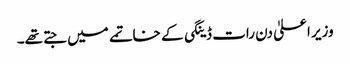
وزیر اعلیٰ دن رات ڈینگی کے خاتمے میں جتے تھے۔